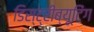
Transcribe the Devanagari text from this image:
डिस्ट्रीब्यूटिंग